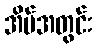
အိမ်အတွင်း